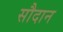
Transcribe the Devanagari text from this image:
सौदान